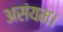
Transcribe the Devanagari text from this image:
असंयम।